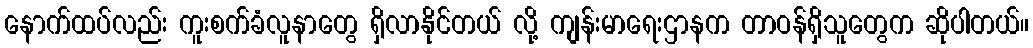
နောက်ထပ်လည်း ကူးစက်ခံလူနာတွေ ရှိလာနိုင်တယ် လို့ ကျန်းမာရေးဌာနက တာဝန်ရှိသူတွေက ဆိုပါတယ်။